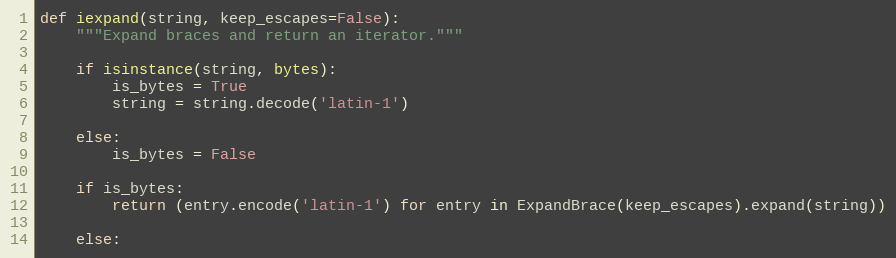
Language: Python
def iexpand(string, keep_escapes=False):
    """Expand braces and return an iterator."""

    if isinstance(string, bytes):
        is_bytes = True
        string = string.decode('latin-1')

    else:
        is_bytes = False

    if is_bytes:
        return (entry.encode('latin-1') for entry in ExpandBrace(keep_escapes).expand(string))

    else: